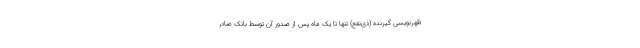
ظهرنویسی گیرنده (ذی‌نفع) تنها تا یک ماه پس از صدور آن توسط بانک صادر